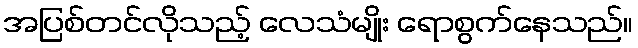
အပြစ်တင်လိုသည့် လေသံမျိုး ရောစွက်နေသည်။